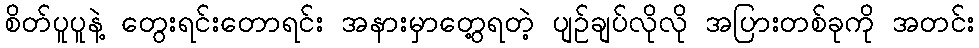
စိတ်ပူပူနဲ့ တွေးရင်းတောရင်း အနားမှာတွေ့ရတဲ့ ပျဉ်ချပ်လိုလို အပြားတစ်ခုကို အတင်း